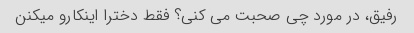
رفیق، در مورد چی صحبت می کنی؟ فقط دخترا اینکارو میکنن